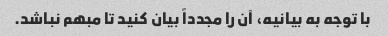
با توجه به بیانیه، آن را مجدداً بیان کنید تا مبهم نباشد.